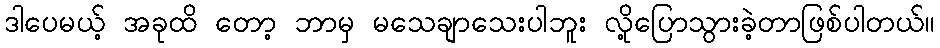
ဒါပေမယ့် အခုထိ တော့ ဘာမှ မသေချာသေးပါဘူး လို့ပြောသွားခဲ့တာဖြစ်ပါတယ်။